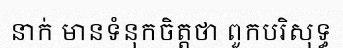
នាក់ មានទំនុកចិត្តថា ពួកបរិសុទ្ធ